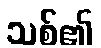
သစ်၏